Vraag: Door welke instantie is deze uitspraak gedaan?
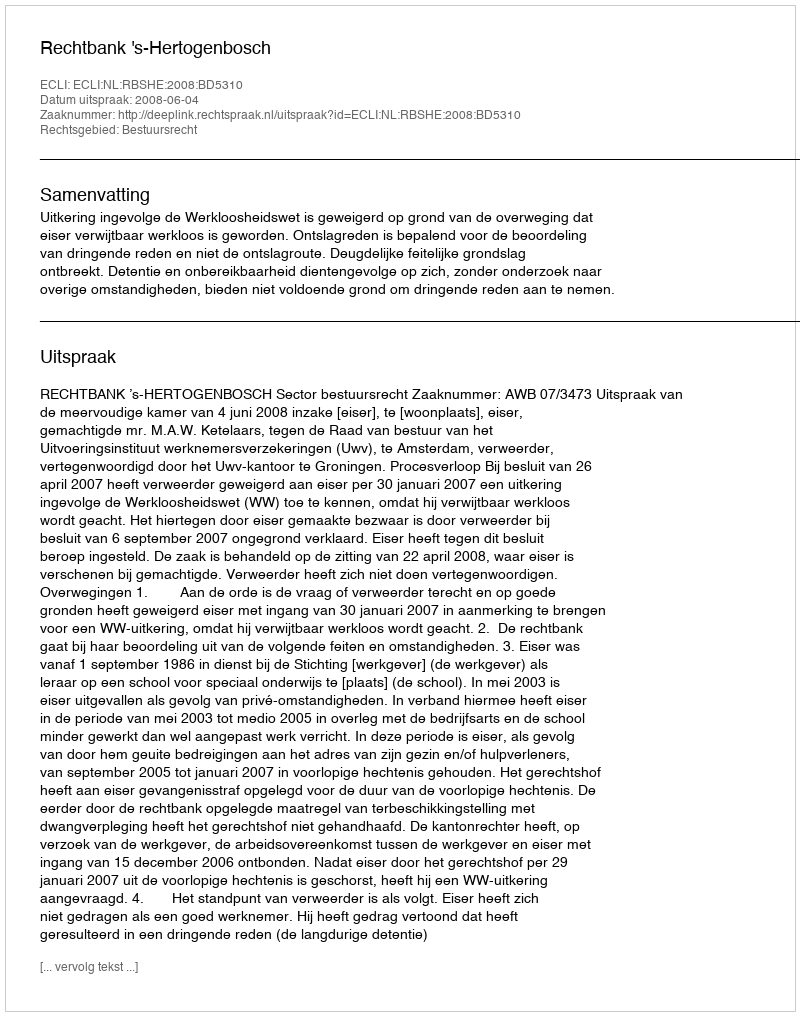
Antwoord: Rechtbank 's-Hertogenbosch